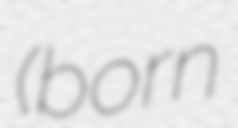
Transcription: (born